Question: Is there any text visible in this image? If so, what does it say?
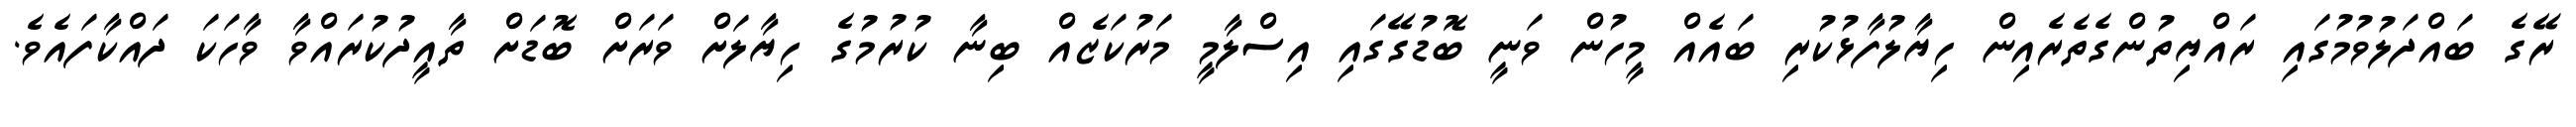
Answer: ރޭގެ ބައްދަލުވުމުގައި ރައްޔިތުންގެތެރެއިން ހިޔާލުފާޅުކުރި ބައެއް މީހުން ވަނީ ބޮޑުގޭގައި އިސްލާމީ މަރުކަޒެއް ބިނާ ކުރުމުގެ ހިޔާލަށް ވަރަށް ބޮޑަށް ތާއީދުކުރައްވާ ވާހަކަ ދައްކާފައެވެ.